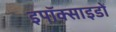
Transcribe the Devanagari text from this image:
इपॉक्साइडों